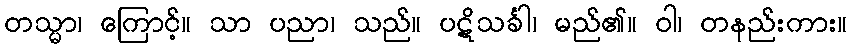
တသ္မာ၊ ကြောင့်။ သာ ပညာ၊ သည်။ ပဋိသင်္ခါ၊ မည်၏။ ဝါ၊ တနည်းကား။